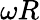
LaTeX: \omega R